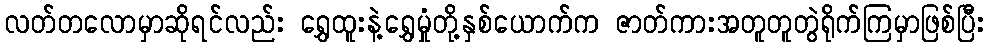
လတ်တလောမှာဆိုရင်လည်း ရွှေထူးနဲ့ရွှေမှုံတို့နှစ်ယောက်က ဇာတ်ကားအတူတူတွဲရိုက်ကြမှာဖြစ်ပြီး